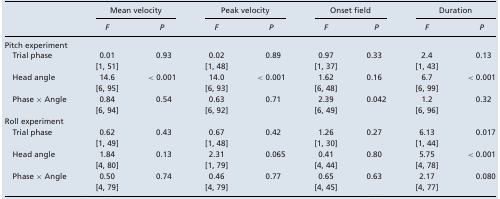
<table><thead><tr><td></td><td colspan="2"><b>Mean velocity</b></td><td colspan="2"><b>Peak velocity</b></td><td colspan="2"><b>Onset field</b></td><td colspan="2"><b>Duration</b></td></tr><tr><td></td><td><b><i>F</i></b></td><td><b><i>P</i></b></td><td><b><i>F</i></b></td><td><b><i>P</i></b></td><td><b><i>F</i></b></td><td><b><i>P</i></b></td><td><b><i>F</i></b></td><td><b><i>P</i></b></td></tr></thead><tbody><tr><td colspan="9">Pitch experiment</td></tr><tr><td>Trial phase</td><td>0.01</td><td>0.93</td><td>0.02</td><td>0.89</td><td>0.97</td><td>0.33</td><td>2.4</td><td>0.13</td></tr><tr><td></td><td>[1, 51]</td><td></td><td>[1, 48]</td><td></td><td>[1, 37]</td><td></td><td>[1, 43]</td><td></td></tr><tr><td>Head angle</td><td>14.6</td><td>&lt; 0.001</td><td>14.0</td><td>&lt; 0.001</td><td>1.62</td><td>0.16</td><td>6.7</td><td>&lt; 0.001</td></tr><tr><td></td><td>[6, 95]</td><td></td><td>[6, 93]</td><td></td><td>[6, 48]</td><td></td><td>[6, 99]</td><td></td></tr><tr><td>Phase × Angle</td><td>0.84</td><td>0.54</td><td>0.63</td><td>0.71</td><td>2.39</td><td>0.042</td><td>1.2</td><td>0.32</td></tr><tr><td></td><td>[6, 94]</td><td></td><td>[6, 92]</td><td></td><td>[6, 49]</td><td></td><td>[6, 96]</td><td></td></tr><tr><td colspan="9">Roll experiment</td></tr><tr><td>Trial phase</td><td>0.62</td><td>0.43</td><td>0.67</td><td>0.42</td><td>1.26</td><td>0.27</td><td>6.13</td><td>0.017</td></tr><tr><td></td><td>[1, 49]</td><td></td><td>[1, 48]</td><td></td><td>[1, 30]</td><td></td><td>[1, 44]</td><td></td></tr><tr><td>Head angle</td><td>1.84</td><td>0.13</td><td>2.31</td><td>0.065</td><td>0.41</td><td>0.80</td><td>5.75</td><td>&lt; 0.001</td></tr><tr><td></td><td>[4, 80]</td><td></td><td>[1, 79]</td><td></td><td>[4, 44]</td><td></td><td>[4, 78]</td><td></td></tr><tr><td>Phase × Angle</td><td>0.50</td><td>0.74</td><td>0.46</td><td>0.77</td><td>0.65</td><td>0.63</td><td>2.17</td><td>0.080</td></tr><tr><td></td><td>[4, 79]</td><td></td><td>[4, 79]</td><td></td><td>[4, 45]</td><td></td><td>[4, 77]</td><td></td></tr></tbody></table>